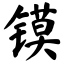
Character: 镆